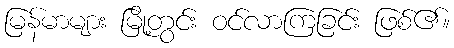
မြန်မာများ မြို့တွင်း ဝင်လာကြခြင်း ဖြစ်၏။